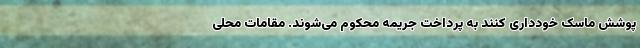
پوشش ماسک خودداری کنند به پرداخت جریمه محکوم می‌شوند. مقامات محلی